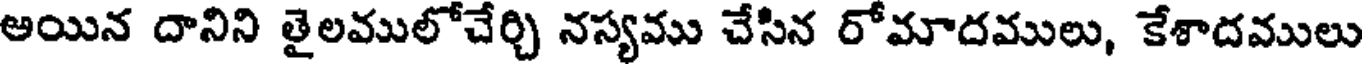
ఆయిన దానిని తైలములోచేర్చి నస్యము చేసిన రోమాదములు, కేశాదములు